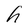
Character: h